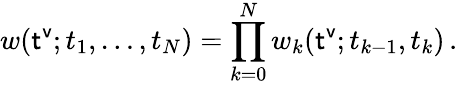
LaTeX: w({\sf t^{v}};t_{1},\dots,t_{N})=\prod_{k=0}^{N}w_{k}({\sf t^{v}};t_{k-1},t_{k})\, .